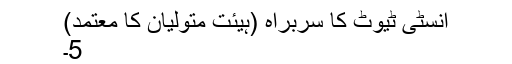
انسٹی ٹیوٹ کا سربراہ (ہیئت متولیان کا معتمد)
5۔